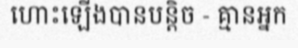
ហោះឡើងបានបន្តិច - គ្មានអ្នក